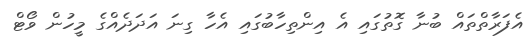
އެފަރާތްތައް ބުނާ ގޮތުގައި އެ އިންތިހާބުގައި އެހާ ގިނަ އަދަދެއްގެ މީހުން ވޯޓް